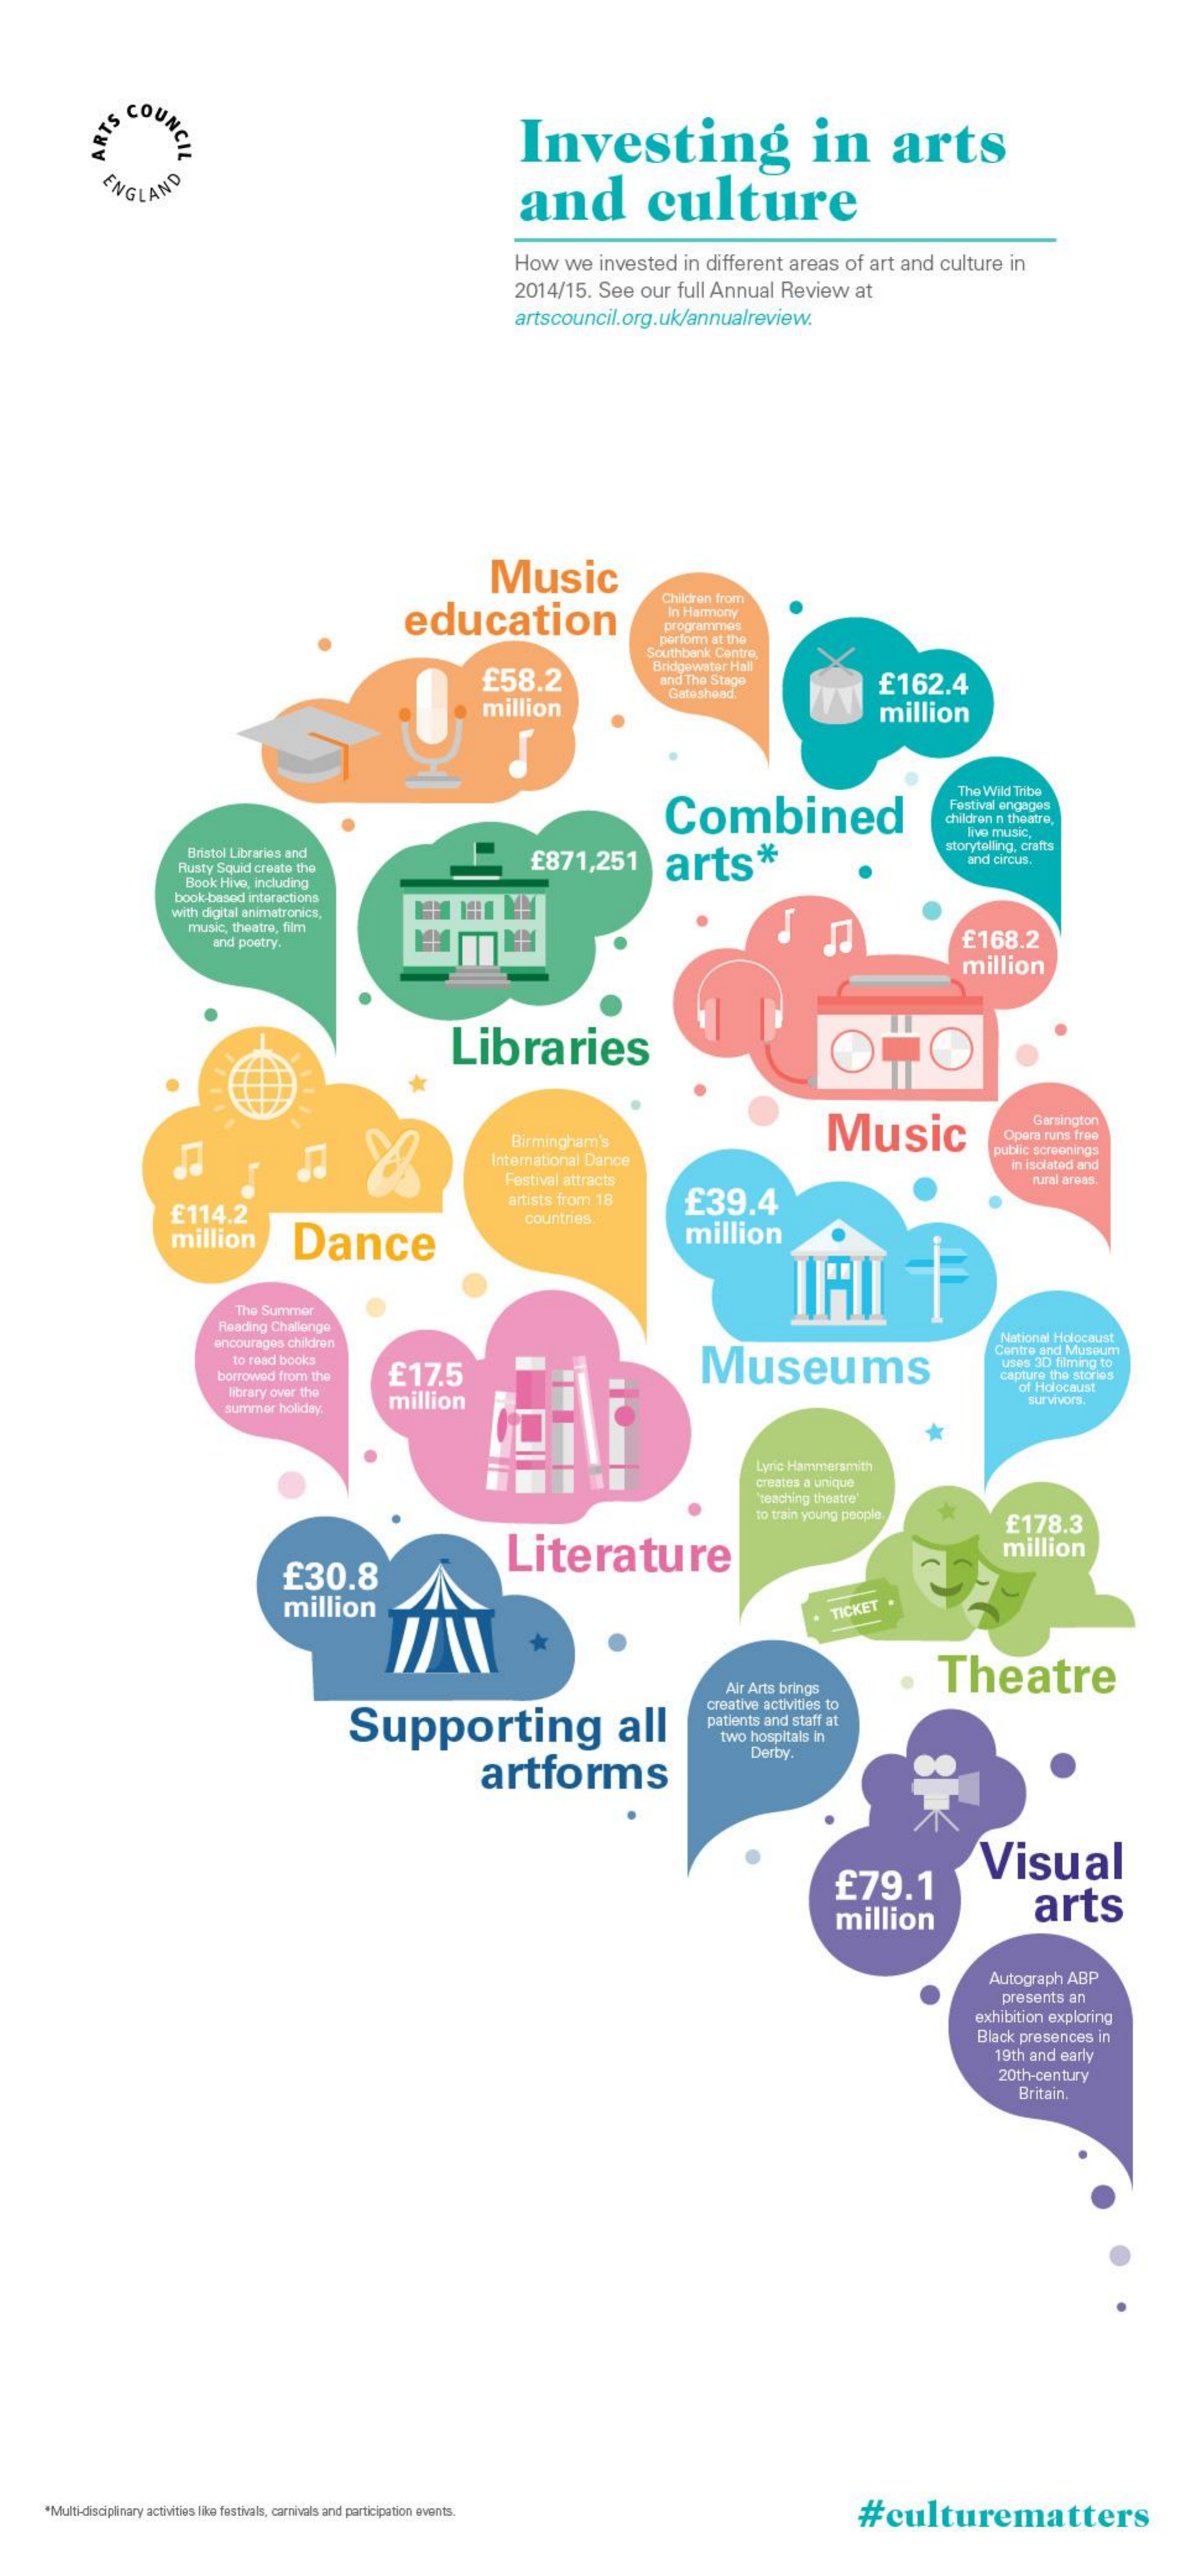
COUNCIL RYS C
     Investing    in    arts
     ENGLAND    and    culture
     How we invested in different areas of art and culture in
     2014/15. See our full Annual Review at
     artscouncil.org.uk/annualreview.
     Music
     education
     Children from
     In Harmony
     programmes
     perform at the
     Southbank Cantre,
     £58.2
     Bridgewater Hall
     and The Stage    £162.4
     million
     Gateshead
     million
     Combined
     The Wild Tribe
     Festival engages
     children n theatro,
     =    £871,251
     live music,
     Bristol Libraries and
     Rusty Squid create the    arts*
     storytelling, crafts
     and circus.
     Book Hive, including
     book-based interactions
     with digital animatronics,
     music, theatre, film
     and poetry.    £168.2
     million
     Libraries
     Music
     Garsington
     Birmingham's    Oper runs free
     International Dance
     public screenings
     Festival attracts
     in isolated and
     rural areas.
     £114.2
     artists from 18 £39.4
     million   Dance
     countries.
     million
     The Summer
     Reading Challenge
     encourages children
     National Holocaust
     to read books
     Centre and Museum
     borrowed from the £17.5    Museums    Uses 3D filming to
     capture the stories
     library over the
     million
     of Holocaust
     summer holiday
     survivors.
     Lyric Hammersmith
     creatos a unique
     "teaching theatre'
     to train young people.
     Literature
     £178.3
     £30.8
     million
     million    TICKET
     Theatre
     Air Arts brings
     Supporting    all
     creative activities to
     patients and staff at
     two hospitals in
     artforms
     Derby.
     £79.1
     Visual
     million    arts
     Autograph ABP
     presents an
     exhibition exploring
     Black presences in
     19th and early
     20th-century
     Britain.
    *Multi-disciplinary activities like festivals, carnivals and participation events. #culturematters